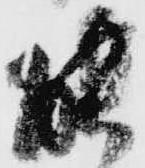
能